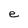
Character: e